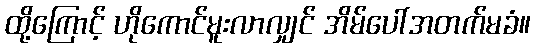
ထို့ကြောင့် ဟိုကောင်မူးလာလျှင် အိမ်ပေါ်အတက်မခံ။